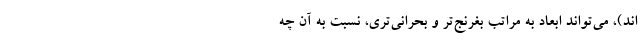
اند)، می‌تواند ابعاد به مراتب بغرنج‌تر و بحرانی‌تری، نسبت به آن چه